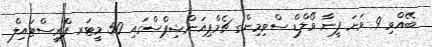
ބޭއްވި 9 ވަނަ ފީނާ ވޯލްޑް ސްވިމިންގ ޗެމްޕިއަންޝިޕްސްގައި 50 މީޓަރ ފްރީސްޓައިލް